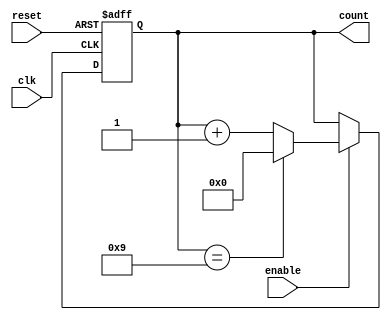
module modulus_counter #(
    parameter N = 4,        // Number of bits for the counter
    parameter MODULUS = 10  // Modulus value (count from 0 to MODULUS-1)
)(
    input wire clk,         // Clock signal
    input wire reset,       // Asynchronous reset signal
    input wire enable,      // Enable signal for counting
    output reg [N-1:0] count // Current count value
);

    // Ensure MODULUS does not exceed the maximum value representable by N bits
    initial begin
        if (MODULUS > (1 << N)) begin
            $error("MODULUS exceeds maximum value for N bits");
            $finish;
        end
    end

    // Asynchronous reset and counting logic
    always @(posedge clk or posedge reset) begin
        if (reset) begin
            count <= 0; // Reset the count to 0
        end else if (enable) begin
            if (count == MODULUS - 1) begin
                count <= 0; // Reset to 0 when modulus is reached
            end else begin
                count <= count + 1; // Increment the count
            end
        end
    end

endmodule